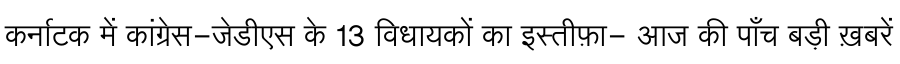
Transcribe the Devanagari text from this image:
कर्नाटक में कांग्रेस-जेडीएस के 13 विधायकों का इस्तीफ़ा- आज की पाँच बड़ी ख़बरें